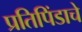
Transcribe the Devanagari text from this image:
प्रतिपिंडाचे